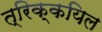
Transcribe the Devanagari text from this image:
त्रिक्कयिल